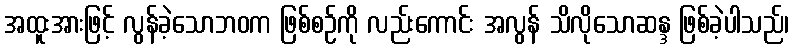
အထူးအားဖြင့် လွန်ခဲ့သောဘဝက ဖြစ်စဉ်ကို လည်းကောင်း အလွန် သိလိုသောဆန္ဒ ဖြစ်ခဲ့ပါသည်၊